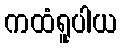
ကထံရူပါယ